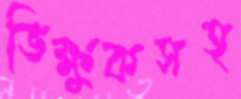
ভিক্ষুকসহ